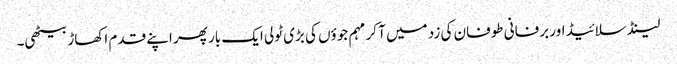
لینڈ سلائیڈ اور برفانی طوفان کی زد میں آ کر مہم جوؤں کی بڑی ٹولی ایک بار پھر اپنے قدم اکھاڑ بیٹھی۔